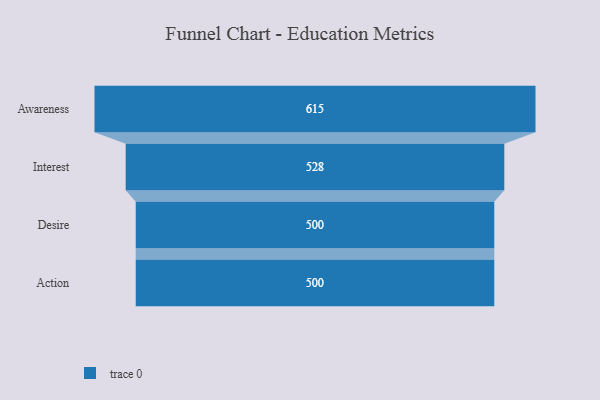
{"axis": {"x": "Stage", "y": "Value"}, "legend": [""], "data": [{"x": "Awareness", "y": 615.0, "type": ""}, {"x": "Interest", "y": 528.0, "type": ""}, {"x": "Desire", "y": 500, "type": ""}, {"x": "Action", "y": 500, "type": ""}]}